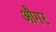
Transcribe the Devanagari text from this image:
औगर